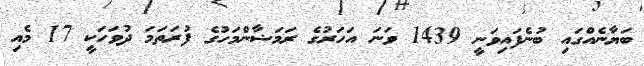
ބަޔާނެއްގައި ބުނެފައިވަނީ 1439 ވަނަ އަހަރުގެ ރަމަޟާންމަހުގެ ފުރަތަމަ ދުވަހަކީ 17 މެއި